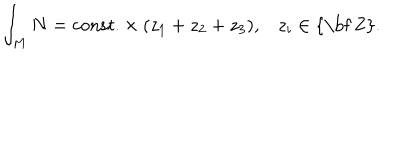
\int _ { M } N = \mathrm { c o n s t . } \times ( z _ { 1 } + z _ { 2 } + z _ { 3 } ) , z _ { i } \in \mathrm { { \bf ~ Z } } .